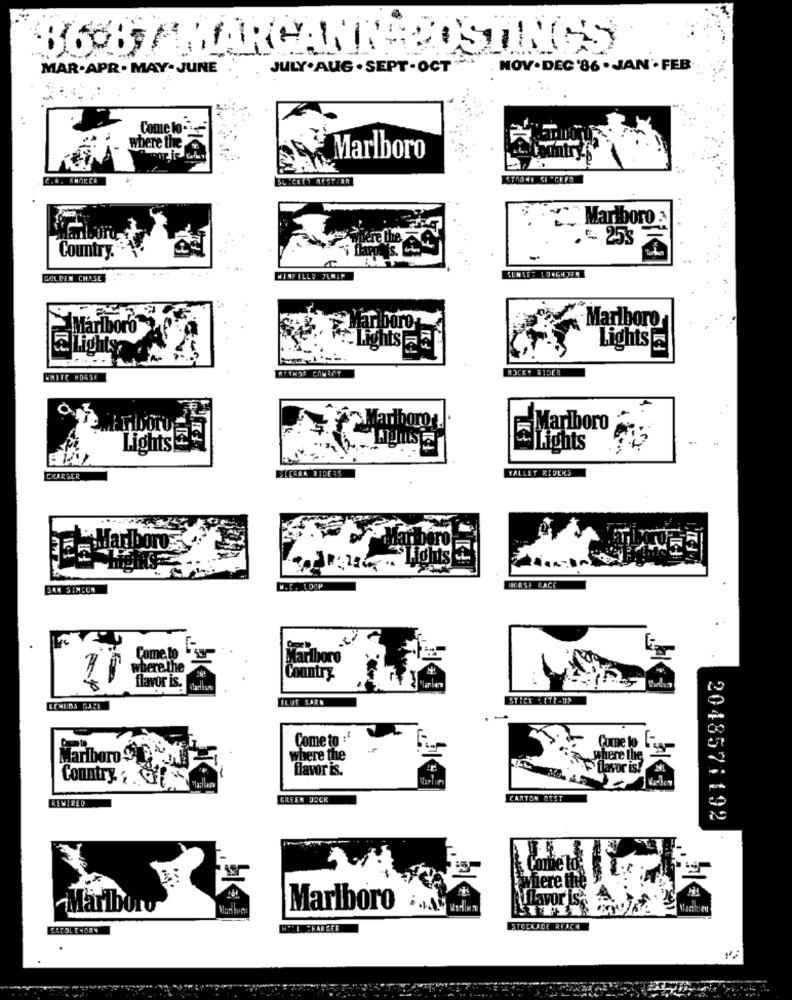
86 87 HAR
MAR.APR . MAY-JUNE
JULY. AUG . SEPT . OCT
NOV.DEC'86 . JAN .FEB.
Come to .
where the
Marlboro
C ... SHAREA
Marlboro
tere the
€ 255
Country.
GOLDEN CHASE
WEFILLY JUNIP
SUNSET LONGHJEM
Marlboro
Marlboro
aLights
Lights &
Lights
ROCKY RIDER
TIDOTO
Marlboro
Lights
- fights
STEGRA 21OF35
CHARGER
VALLEY RIDEKS
Mar
- Mar bero
w.K. LOOP
HORSE RACE
Come
Marlboro
where the
flavor is.
Country
ar
BLUT SARN
BEMUDA GAZI
Come to :
Marlboro 4
where the
flavor is.
Country , . G
REWIRED
GREEN DOCR
CARTON BEST
2048571192
ere
Marlboro
Marlboro
SACOL ENORM
STOCKADE RFACH